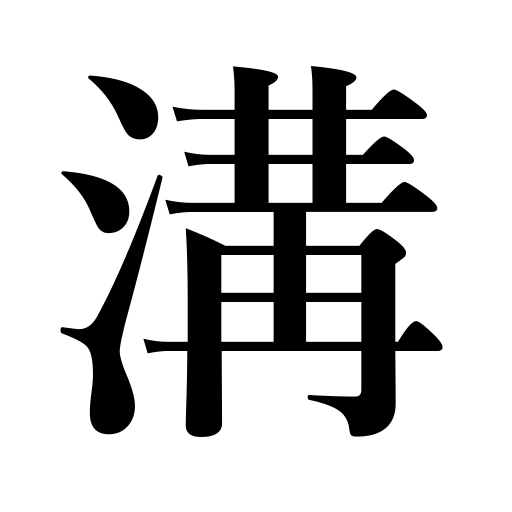
Meanings: gulf,gap,groove,slot,ditch,drain,sewer,gutter